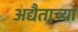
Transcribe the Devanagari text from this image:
अद्यैताच्या